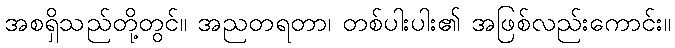
အစရှိသည်တို့တွင်။ အညတရတာ၊ တစ်ပါးပါး၏ အဖြစ်လည်းကောင်း။